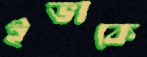
ইভাকে